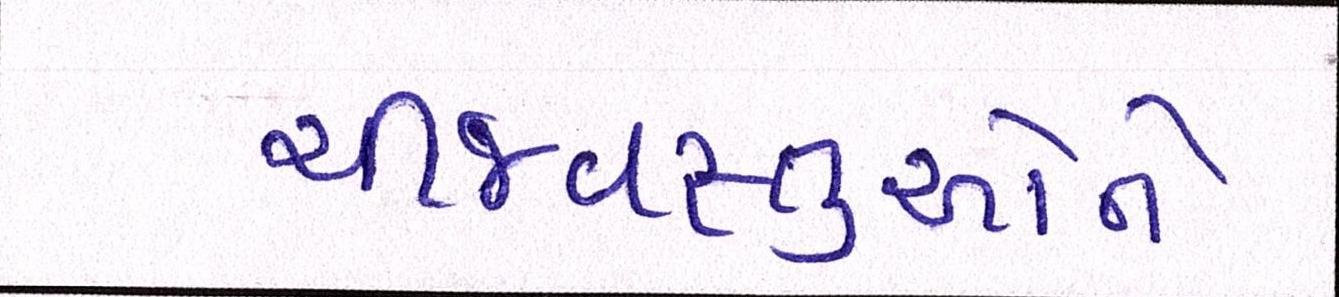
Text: ચીજવસ્તુઓને